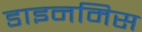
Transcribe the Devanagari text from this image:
डाइनमिस